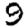
Digit: 9